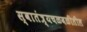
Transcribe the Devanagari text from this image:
स्वातंत्र्यचळवळीतील